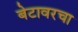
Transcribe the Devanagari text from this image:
बेटावरचा